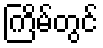
ကြိမ်တွင်